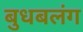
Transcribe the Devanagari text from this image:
बुधबलंग